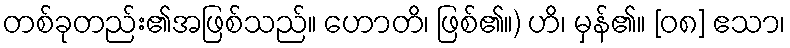
တစ်ခုတည်း၏အဖြစ်သည်။ ဟောတိ၊ ဖြစ်၏။) ဟိ၊ မှန်၏။ [၀၈] ဧသာ၊